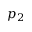
p _ { 2 }